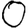
Digit: 0